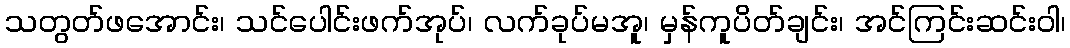
သတွတ်ဖအောင်း၊ သင်ပေါင်းဖက်အုပ်၊ လက်ခုပ်မအူ၊ မှန်ကူပိတ်ချင်း၊ အင်ကြင်းဆင်းဝါ၊